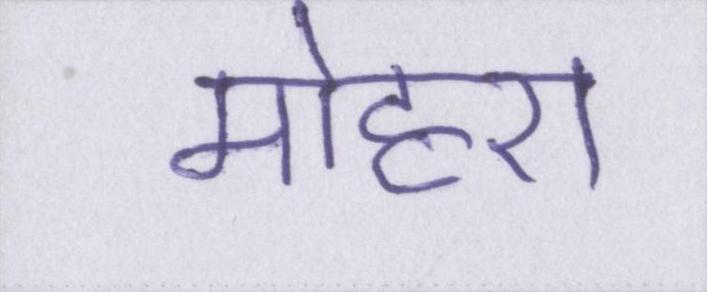
मोहरा